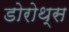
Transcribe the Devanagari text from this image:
डोरोथ्स